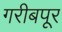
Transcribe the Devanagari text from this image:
गरीबपूर